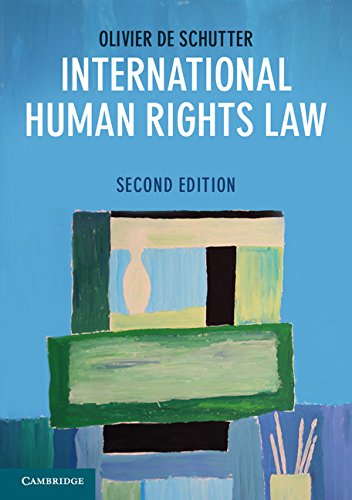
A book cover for International Human Rights Law: Cases, Materials, Commentary; Olivier De Schutter; Law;